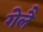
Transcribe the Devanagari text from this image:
गेलै